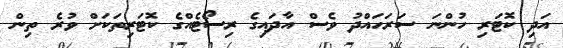
އަދި ކޮޓަރި ހުންނަ ސަރަހައްދު ވެސް އާދައިގެ ރިސޯޓެއްގެ ކޮޓަރިތަކަށް ވުރެ ތިން